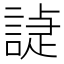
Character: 𧪌